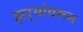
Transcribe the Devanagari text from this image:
झऱ्यांवरून